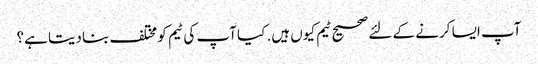
آپ ایسا کرنے کے لئے صحیح ٹیم کیوں ہیں. کیا آپ کی ٹیم کو مختلف بنا دیتا ہے؟